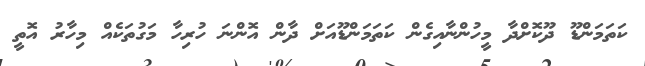
ކަތަމަންޑޫ ދޫކޮށްދާ މީހުންނާއިގެން ކަތަމަންޑޫއަށް ދާން އޮންނަ ހުރިހާ މަގުތަކެއް މިހާރު އޮތީ